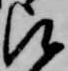
被